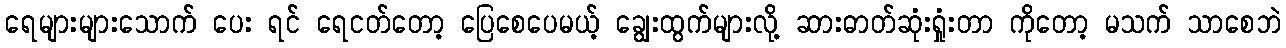
ရေများများသောက် ပေး ရင် ရေငတ်တော့ ပြေစေပေမယ့် ချွေးထွက်များလို့ ဆားဓာတ်ဆုံးရှုံးတာ ကိုတော့ မသက် သာစေဘဲ